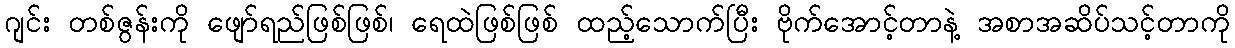
ဂျင်း တစ်ဇွန်းကို ဖျော်ရည်ဖြစ်ဖြစ်၊ ရေထဲဖြစ်ဖြစ် ထည့်သောက်ပြီး ဗိုက်အောင့်တာနဲ့ အစာအဆိပ်သင့်တာကို